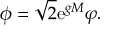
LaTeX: \phi = \sqrt { 2 } \mathrm { e } ^ { g M } \varphi .